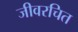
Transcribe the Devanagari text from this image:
जीवरचित